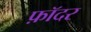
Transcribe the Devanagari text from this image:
फ़ॉदर